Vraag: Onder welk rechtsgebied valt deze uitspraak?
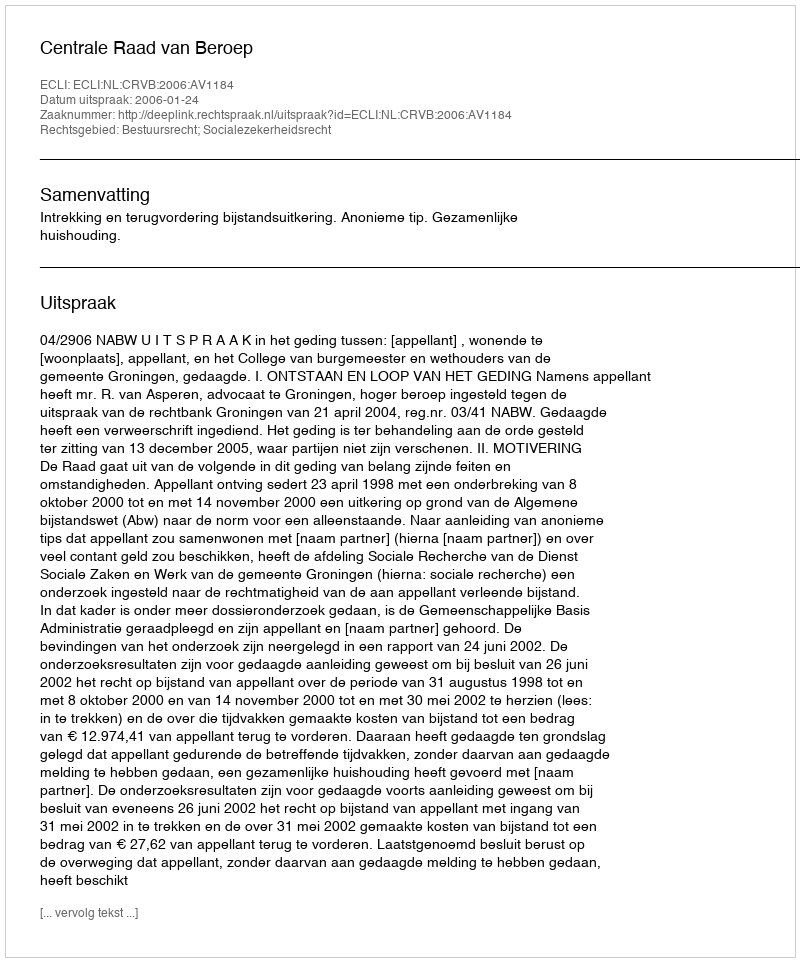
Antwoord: Bestuursrecht; Socialezekerheidsrecht